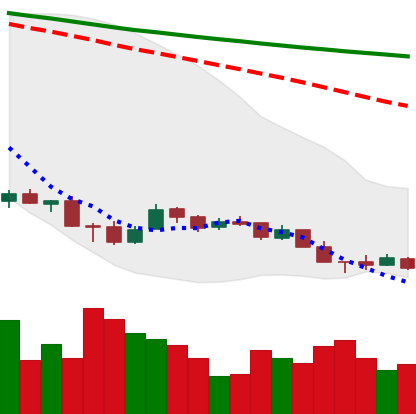
Ticker: XMR-USD
Chart end date: 2018-12-10
Forward return: -12.897%
Label: down_7plus